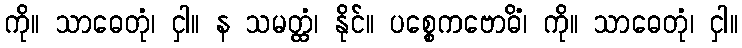
ကို။ သာဓေတုံ၊ ငှါ။ န သမတ္ထံ၊ နိုင်။ ပစ္စေကဗောဓိံ၊ ကို။ သာဓေတုံ၊ ငှါ။